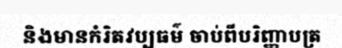
និងមានកំរិតវប្បធម៌ ចាប់ពីបរិញ្ញាបត្រ